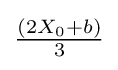
{\tfrac {\left(2X_{0}+b\right)}{3}}